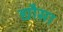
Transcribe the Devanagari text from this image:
द्यौसा